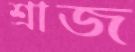
শ্রাজ